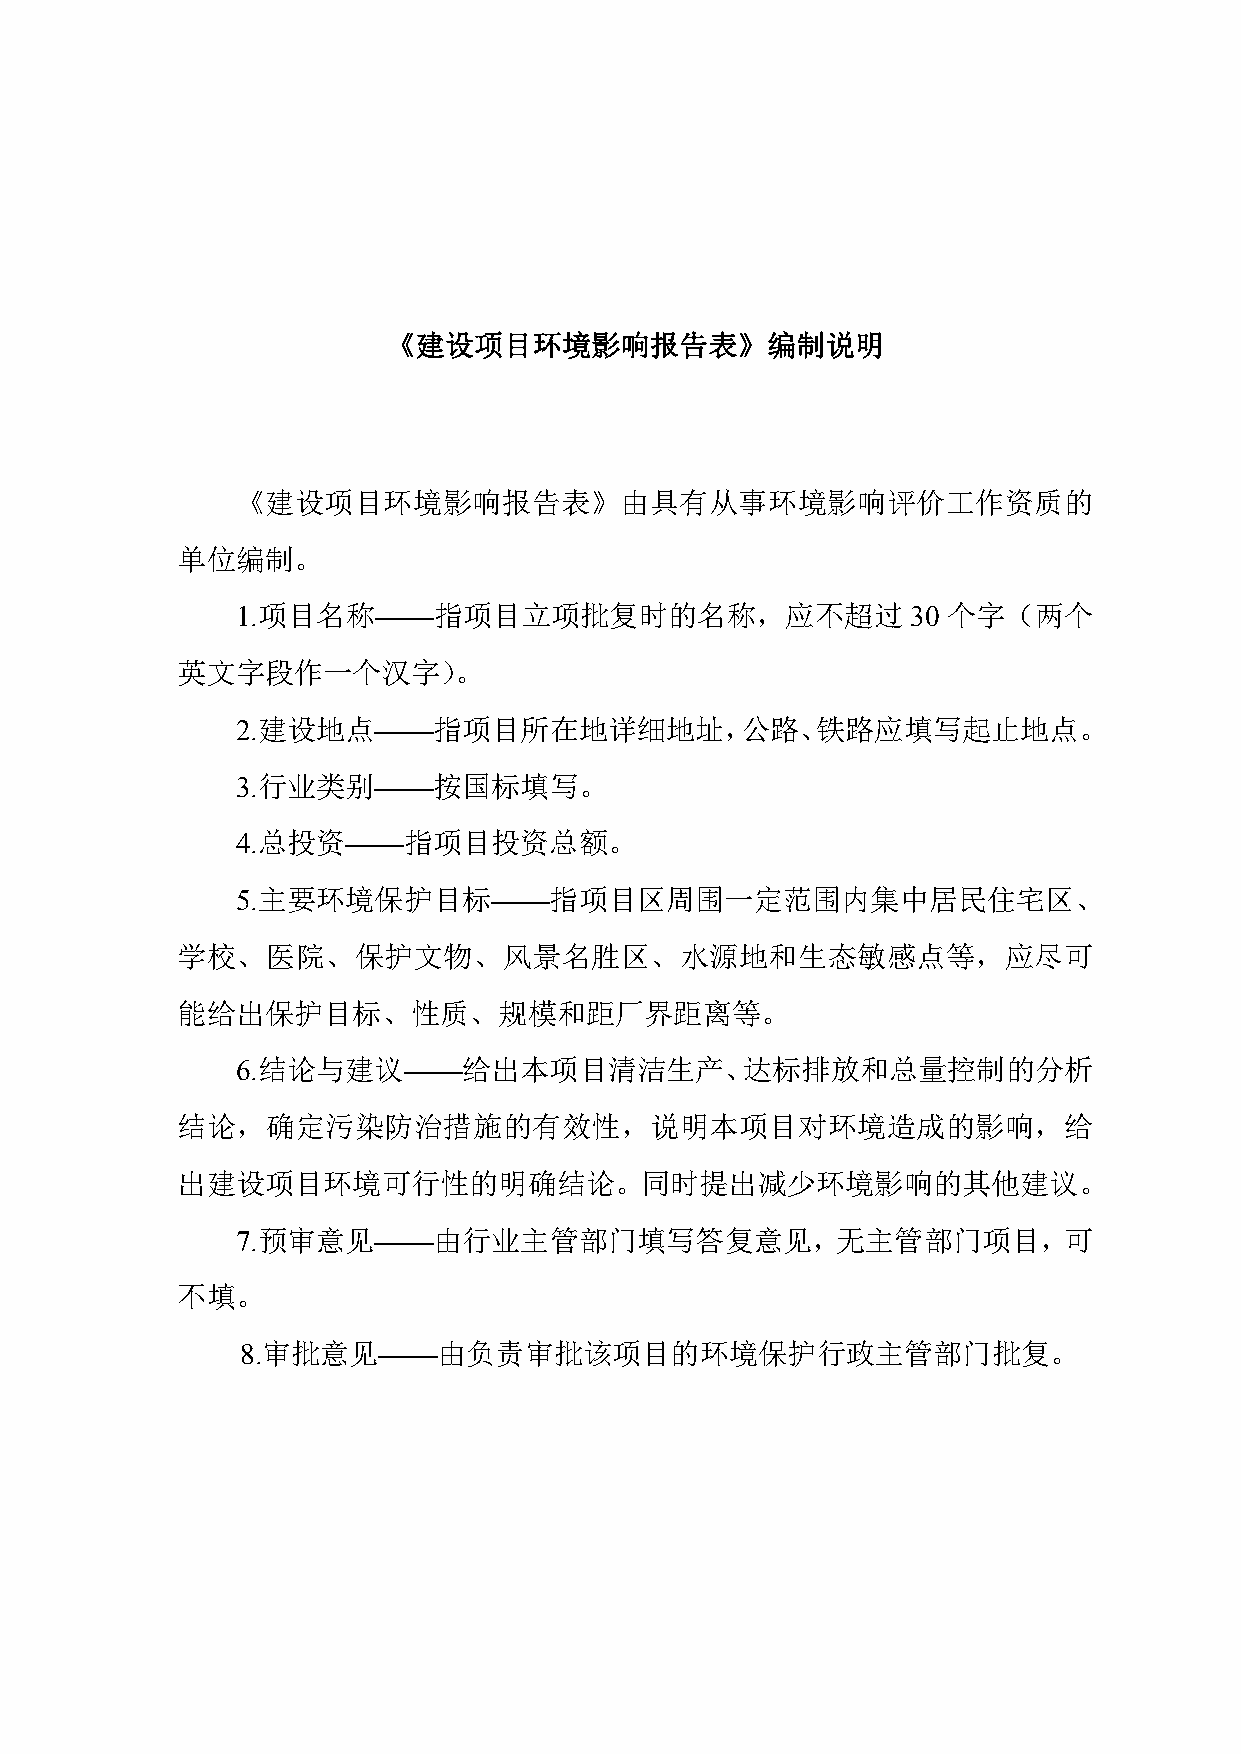
《建设项目环境影响报告表》编制说明
 《建设项目环境影响报告表》由具有从事环境影响评价工作资质的
 单位编制。
 1.项目名称——指项目立项批复时的名称，应不超过                    30 个字（两个
 英文字段作一个汉字）。
 2.建设地点——指项目所在地详细地址，公路、铁路应填写起止地点。
 3.行业类别——按国标填写。
 4.总投资——指项目投资总额。
 5.主要环境保护目标——指项目区周围一定范围内集中居民住宅区、
 学校、医院、保护文物、风景名胜区、水源地和生态敏感点等，应尽可
 能给出保护目标、性质、规模和距厂界距离等。
 6.结论与建议——给出本项目清洁生产、达标排放和总量控制的分析
 结论，确定污染防治措施的有效性，说明本项目对环境造成的影响，给
 出建设项目环境可行性的明确结论。同时提出减少环境影响的其他建议。
 7.预审意见——由行业主管部门填写答复意见，无主管部门项目，可
 不填。
 8.审批意见——由负责审批该项目的环境保护行政主管部门批复。